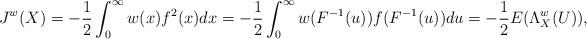
LaTeX: \begin{align*}J^{w}(X)&=-\frac{1}{2} \int_{0}^{\infty}w(x) f^2(x)dx =-\frac{1}{2} \int_{0}^{\infty} w(F^{-1}(u))f(F^{-1}(u))du=-\frac{1}{2}E(\Lambda_X^{w}(U)),\end{align*}